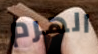
الهرم